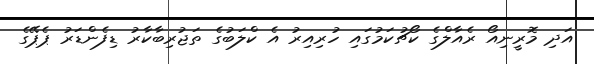
އަދި މޮރީނިއޯ ރެއާލްގެ ކޯޗުކަމުގައި ހުރިއިރު އެ ކްލަބުގެ ތަޖުރިބާކާރު ޑިފެންޑަރު ޕެޕޭގެ